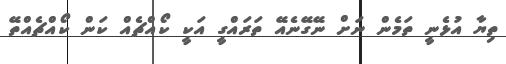
ތިޔާ އުޅެނީ ތަމެން ނަށް ނޭގޭނެއޭ ތަރައްގީ އަކީ ކޯއްޗެއް ކަން ކޯއްޗެއްތޭ